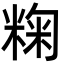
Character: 粷